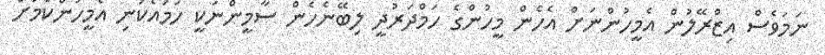
ނަމަވެސް އިޒްރޭލުން އެމީހުންނަށް އެހެން މީހުންގެ ހަމްދަރުދީ ލިބޭނެހެން ސާމީންނަކީ ހަމައެކަނި އެމީހުންކަމަށް